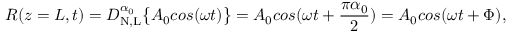
R ( z = L , t ) = D _ { \mathrm { N , L } } ^ { \alpha _ { 0 } } \big \{ { A _ { 0 } c o s ( \omega t ) \big \} } = A _ { 0 } c o s ( \omega t + \frac { \pi \alpha _ { 0 } } { 2 } ) = A _ { 0 } c o s ( \omega t + \Phi ) ,